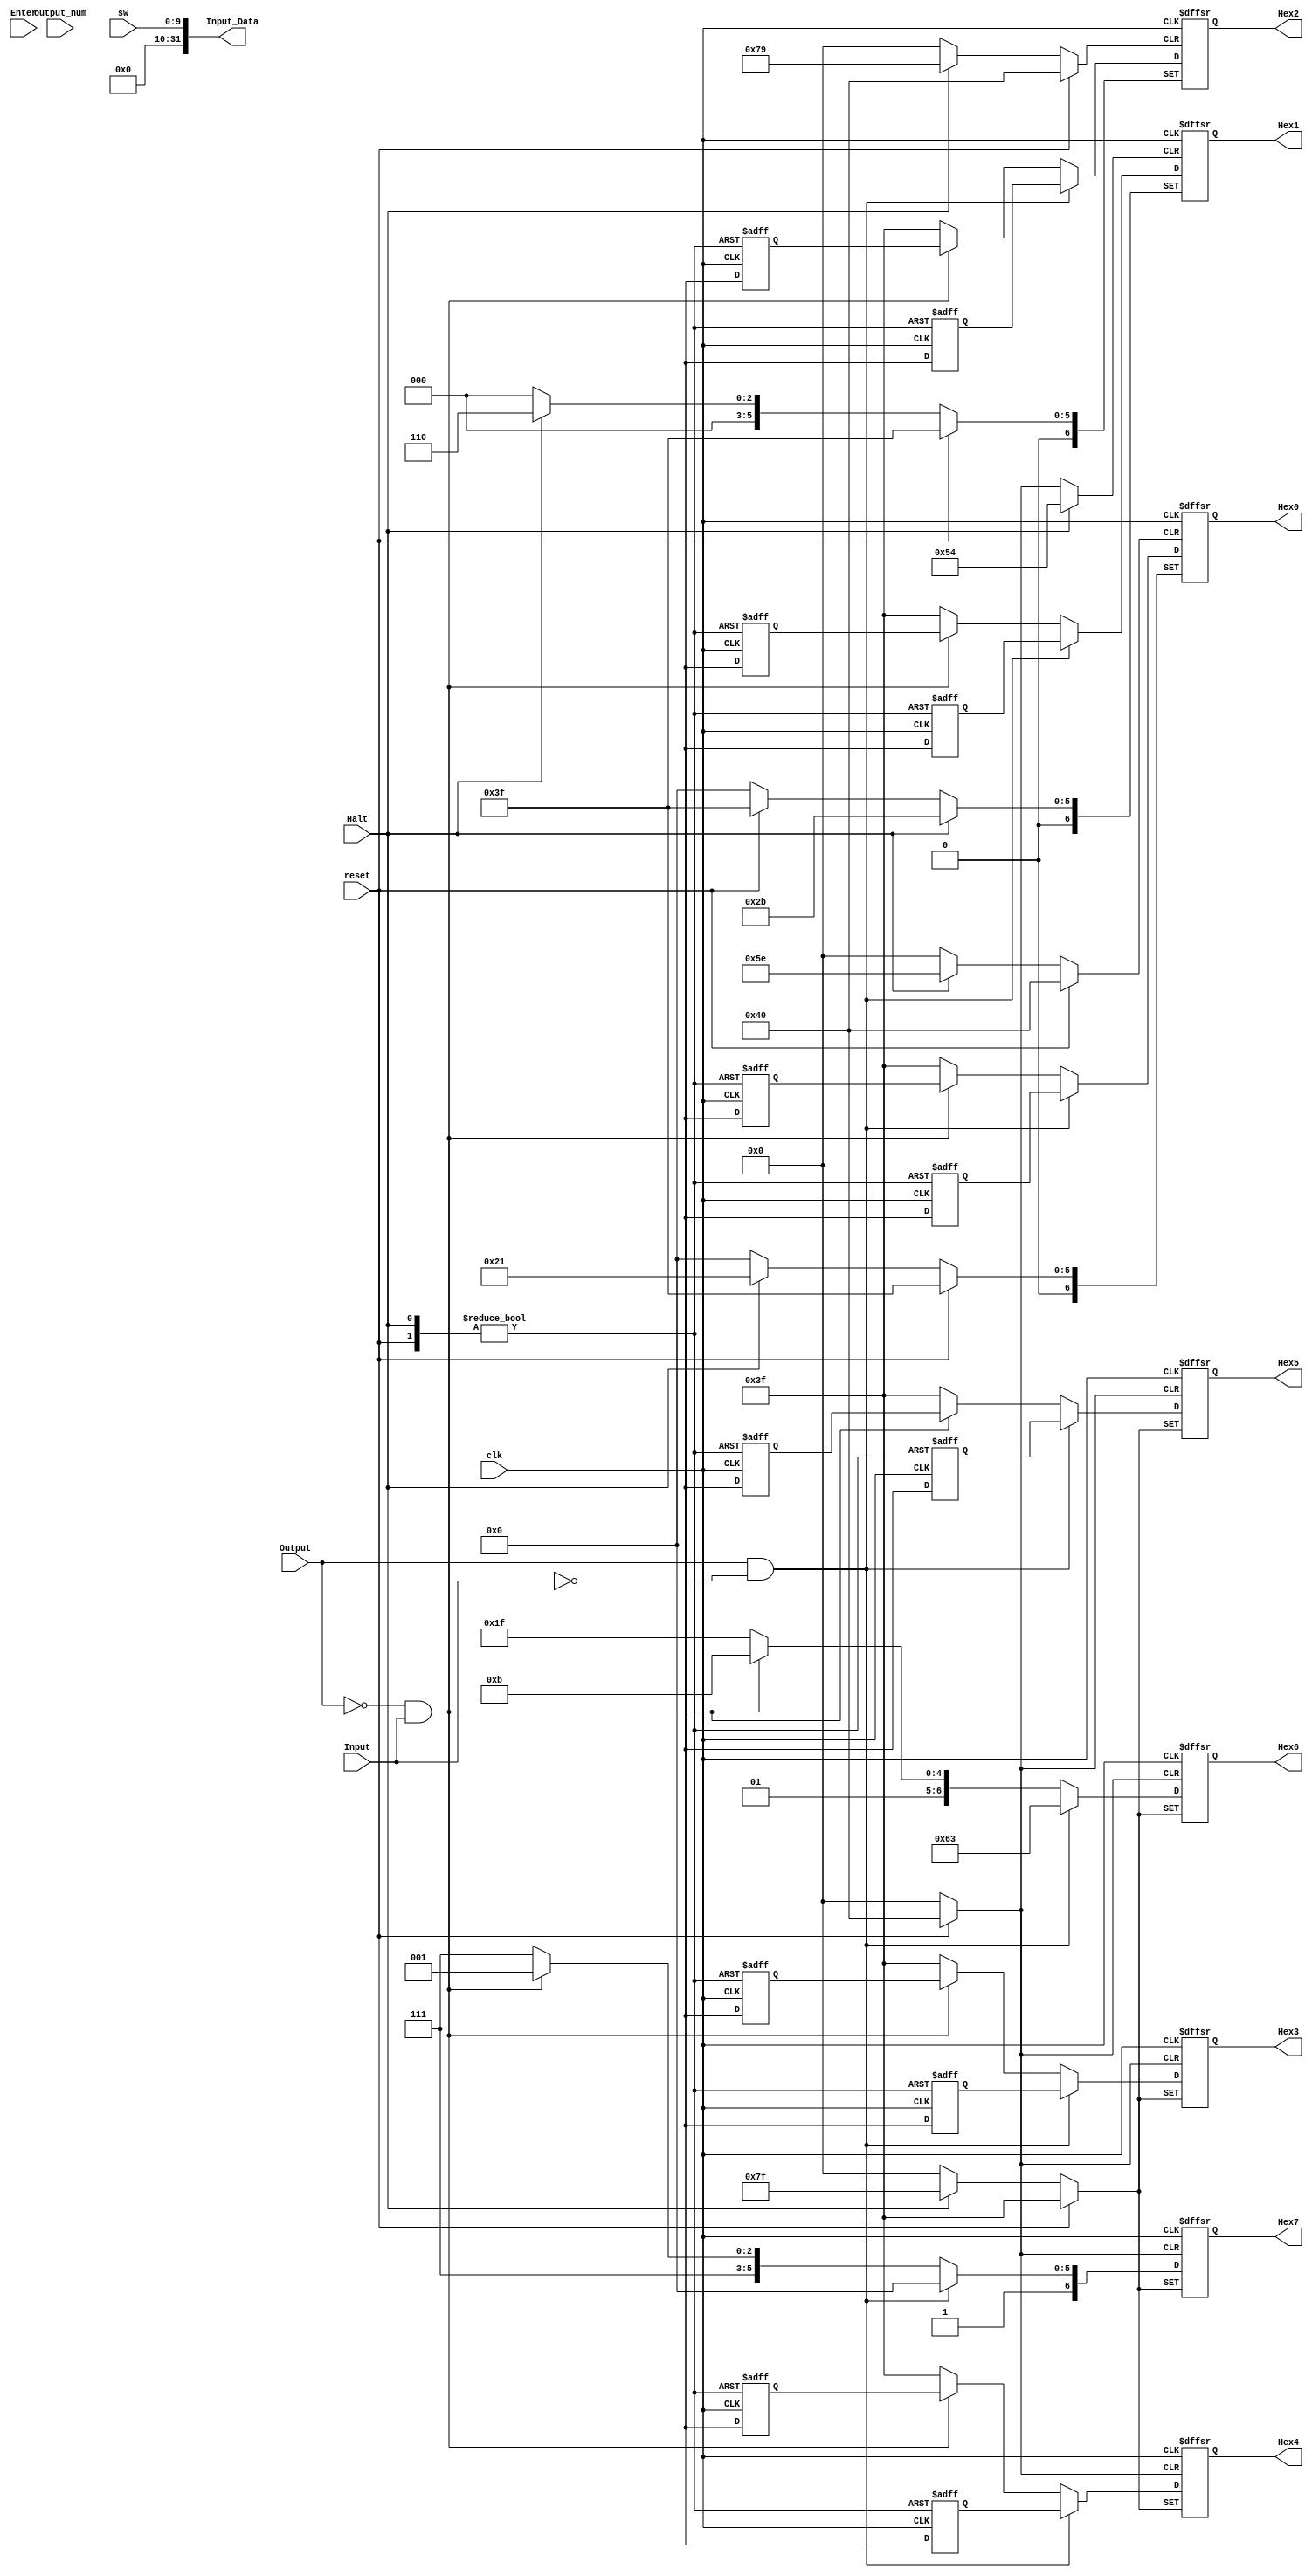
module IO
(	
  input clk, reset, Input, Output, Halt, Enter,
  input [9:0] sw, 
  input [31:0] output_num, 
  output [31:0] Input_Data,
  output reg [6:0] Hex0, Hex1, Hex2, Hex3, Hex4, Hex5, Hex6, Hex7
);

  task BCD;
	input [3:0] value;
	output [6:0] display;
	case (value)
		0: display <= 7'b1000000;
		1: display <= 7'b1111001;
		2: display <= 7'b0100100;
		3: display <= 7'b0110000;
		4: display <= 7'b0011001;
		5: display <= 7'b0010010;
		6: display <= 7'b0000010;
		7: display <= 7'b1111000;
		8: display <= 7'b0000000;
		9: display <= 7'b0010000;
		10: display <= 7'b0001000;
		11: display <= 7'b0000011;
		12: display <= 7'b1000110;
		13: display <= 7'b0100001;
		14: display <= 7'b0000110;
		15: display <= 7'b0001110;
		default: display <= 7'b1111111;
	endcase
  endtask
  
  always @ (posedge clk or posedge reset or posedge Halt)
  begin
	if(reset) begin
		Hex0 <= 7'b0111111;
		Hex1 <= 7'b0111111;
		Hex2 <= 7'b0111111;
		Hex3 <= 7'b0111111;
		Hex4 <= 7'b0111111;
		Hex5 <= 7'b0111111;
		Hex6 <= 7'b0111111;
		Hex7 <= 7'b0111111;
	end else if(Halt) begin
		Hex0 <= 7'b0100001;
		Hex1 <= 7'b0101011;
		Hex2 <= 7'b0000110;
		Hex3 <= 7'b1111111;
		Hex4 <= 7'b1111111;
		Hex5 <= 7'b1111111;
		Hex6 <= 7'b1111111;
		Hex7 <= 7'b1111111;
	end else if(Output && !Input) begin
		BCD(output_num%10, Hex0);
		BCD((output_num%100)/10, Hex1);
		BCD((output_num%1000)/100, Hex2);
		BCD((output_num%10000)/1000, Hex3);
		BCD((output_num%100000)/10000, Hex4);
		BCD((output_num%1000000)/100000, Hex5);
		Hex6 <= 7'b1100011;
		Hex7 <= 7'b1000000;
	end else if(!Output && Input)begin
		BCD(Input_Data%10, Hex0);
		BCD((Input_Data%100)/10, Hex1);
		BCD((Input_Data%1000)/100, Hex2);
		BCD((Input_Data%10000)/1000, Hex3);
		BCD((Input_Data%100000)/10000, Hex4);
		BCD((Input_Data%1000000)/100000, Hex5);
		Hex6 <= 7'b0101011;
		Hex7 <= 7'b1111001;
	end else begin
		Hex0 <= 7'b0111111;
		Hex1 <= 7'b0111111;
		Hex2 <= 7'b0111111;
		Hex3 <= 7'b0111111;
		Hex4 <= 7'b0111111;
		Hex5 <= 7'b0111111;
		Hex6 <= 7'b0111111;
		Hex7 <= 7'b1111111;
	end
  end
  
  assign Input_Data = {22'b0,sw};
  
  
endmodule